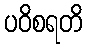
ပဝိစရတိ